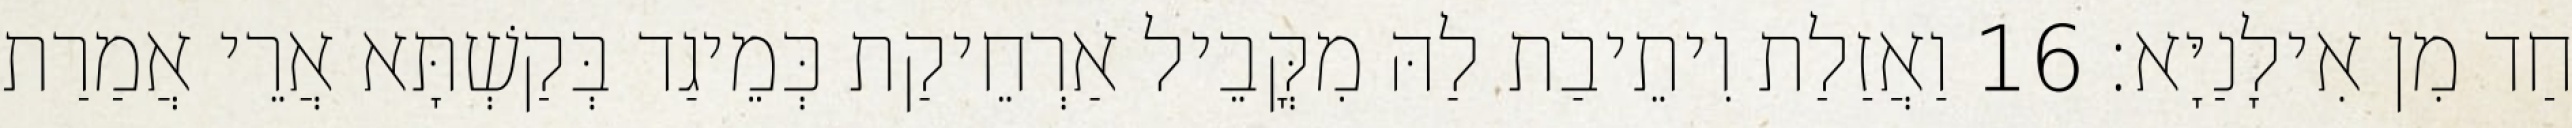
חַד מִן אִילָנַיָּא׃ 16 וַאֲזַלַת וִיתֵיבַת לַהּ מִקֳּבֵיל אַרְחֵיקַת כְּמֵיגַד בְּקַשְׁתָּא אֲרֵי אֲמַרַת